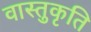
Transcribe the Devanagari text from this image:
वास्तुकृति